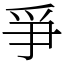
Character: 爭